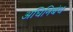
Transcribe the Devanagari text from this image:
अधिनिबंध